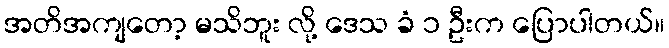
အတိအကျတော့ မသိဘူး လို့ ဒေသ ခံ ၁ ဦးက ပြောပါတယ်။